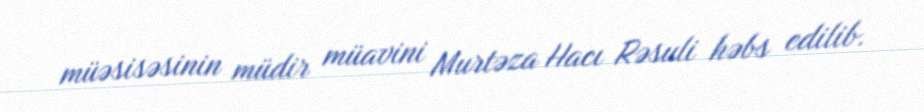
müəsisəsinin müdir müavini Murtəza Hacı Rəsuli həbs edilib.